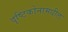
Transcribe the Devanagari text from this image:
दृष्टिकोनामधील